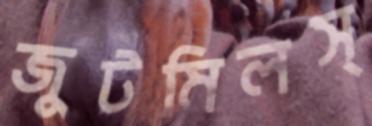
জুটমিলস্